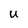
Character: U